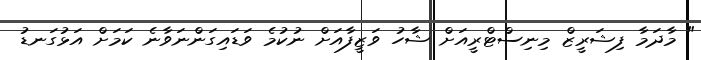
" މާދަމާ ފިޝަރީޒް މިނިސްޓްރީއަށް ޝާހު ވަޒީފާއަށް ނުކުމެ ވަޑައިގަންނަވާނެ ކަމަށް އަޅުގަނޑު